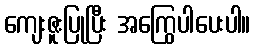
ကျေးဇူးပြုပြီး အကြွေပါပေးပါ။